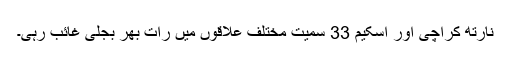
نارتھ کراچی اور اسکیم 33 سمیت مختلف علاقوں میں رات بھر بجلی غائب رہی۔